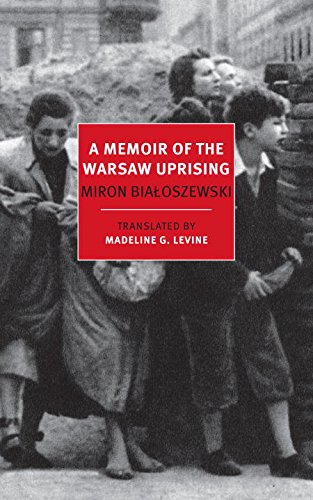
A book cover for A Memoir of the Warsaw Uprising (New York Review Books Classics); Miron Bialoszewski; Biographies & Memoirs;